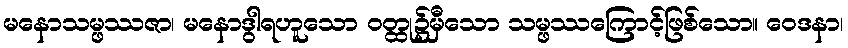
မနောသမ္ဖဿဇာ၊ မနောဒွါရဟူသော ဝတ္ထု၌မှီသော သမ္ဖဿကြောင့်ဖြစ်သော။ ဝေဒနာ၊